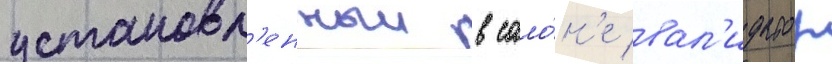
установл'енныи в сало́н'е вал'идатор